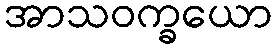
အာသဝက္ခယော